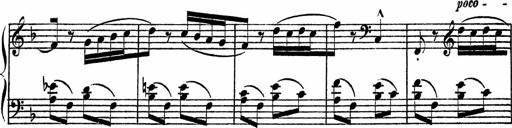
Title: Piano Sonatinas
Composer: Charles Fradel